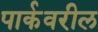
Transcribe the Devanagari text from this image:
पार्कवरील